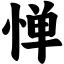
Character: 惮